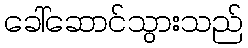
ခေါ်ဆောင်သွားသည်